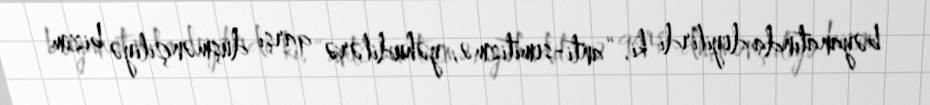
bəyanatında deyilirdi ki, “anti-semitizmə, yəhudilərə qarşı düşmənçiliyə bizim